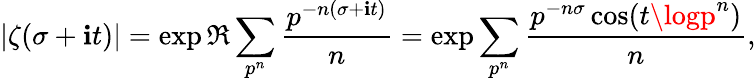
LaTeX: |\zeta(\sigma+\mathbf{i}t)|=\exp\Re\sum_{p^{n}}{\frac{{p^{-n(\sigma+\mathbf{i}t)}}}{{n}}}=\exp\sum_{p^{n}}{\frac{{p^{-n\sigma}\cos(t\logp^{n})}}{{n}}},